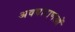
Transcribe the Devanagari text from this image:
अवधाराणओं